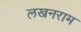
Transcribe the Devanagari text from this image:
लखनराम